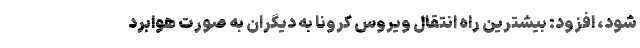
شود، افزود: بیشترین راه انتقال ویروس کرونا به دیگران به صورت هوابرد